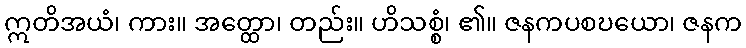
ဣတိအယံ၊ ကား။ အတ္ထော၊ တည်း။ ဟိသစ္စံ၊ ၏။ ဇနကပစဎယော၊ ဇနက